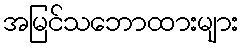
အမြင်သဘောထားများ